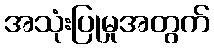
အသုံးပြုမှုအတွက်